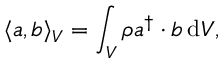
\langle \boldsymbol { a } , \boldsymbol { b } \rangle _ { V } = \int _ { V } \rho \boldsymbol { a } ^ { \dagger } \boldsymbol { \cdot } \boldsymbol { b } \, \mathrm { d } V ,